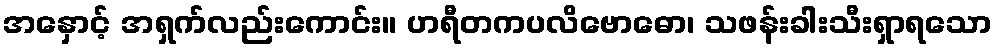
အနှောင့် အရှက်လည်းကောင်း။ ဟရီတကပလိဗောဓော၊ သဖန်းခါးသီးရှာရသော